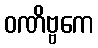
ဝဏိဗ္ဗကေ